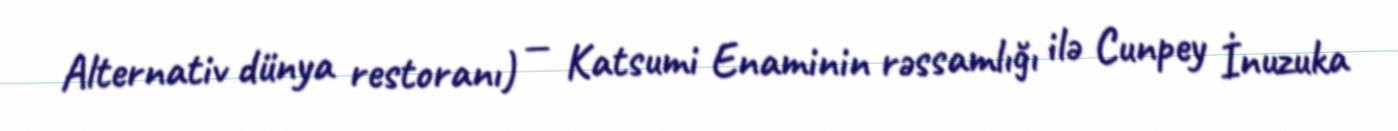
Alternativ dünya restoranı) — Katsumi Enaminin rəssamlığı ilə Cunpey İnuzuka